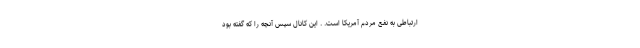
ارتباطی به نفع مردم آمریکا است. . این کانال سپس آنچه را که گفته بود